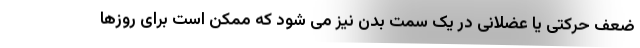
ضعف حرکتی یا عضلانی در یک سمت بدن نیز می شود که ممکن است برای روزها